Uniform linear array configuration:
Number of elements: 48
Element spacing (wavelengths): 0.5
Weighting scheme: exponential
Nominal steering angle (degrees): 15
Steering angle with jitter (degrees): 15.026
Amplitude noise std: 0.05
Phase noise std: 0.05

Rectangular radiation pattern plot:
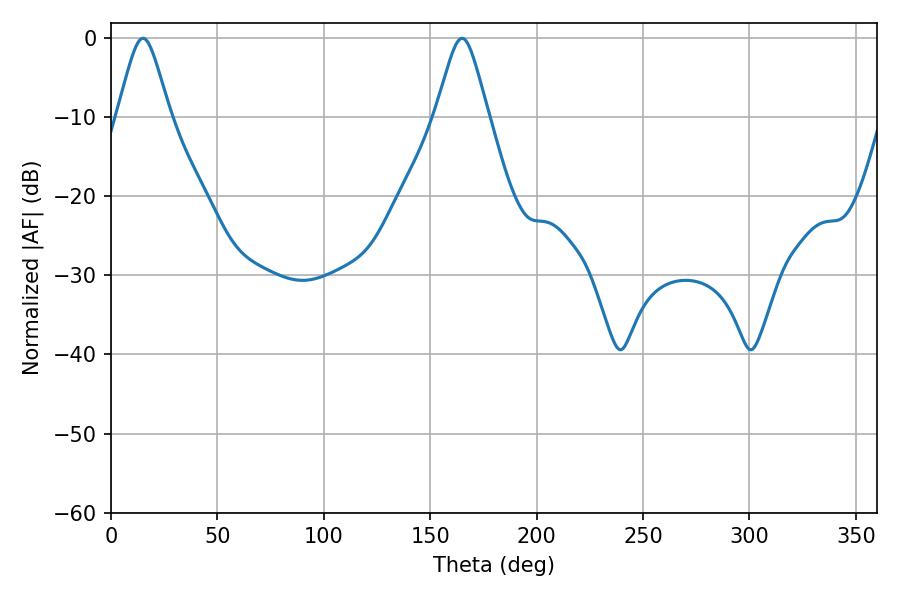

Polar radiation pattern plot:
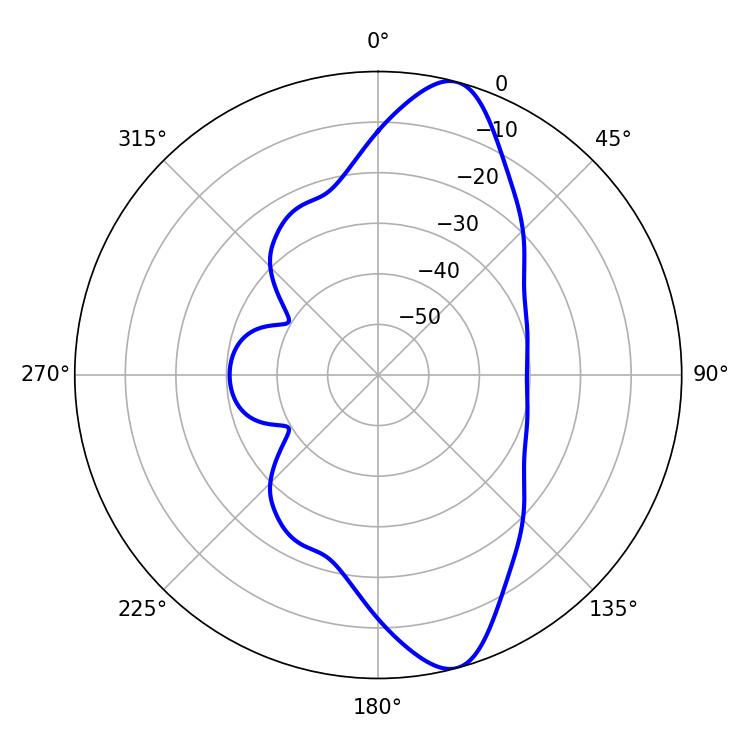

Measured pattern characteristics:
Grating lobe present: FALSE
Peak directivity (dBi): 11.721
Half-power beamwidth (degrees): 11.88
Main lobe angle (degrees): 14.94